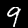
Digit: 9